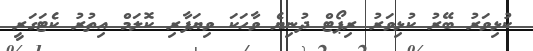
ކުޅިވަރު ބޭރު ކުޅިވަރު ރިޕޯޓް ދުނިޔެ ވާހަކަ ވިޔަފާރި ކޮލަމް އިތުރު ކެޓަގަރީ